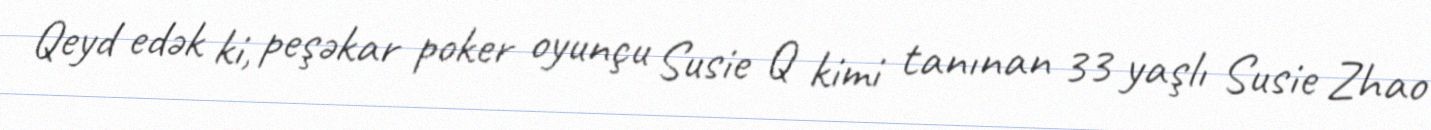
Qeyd edək ki, peşəkar poker oyunçu Susie Q kimi tanınan 33 yaşlı Susie Zhao